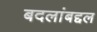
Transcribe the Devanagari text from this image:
बदलांबद्दल